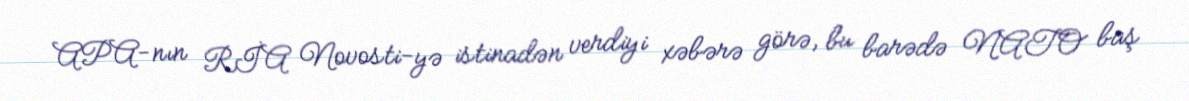
APA-nın RİA Novosti-yə istinadən verdiyi xəbərə görə, bu barədə NATO baş